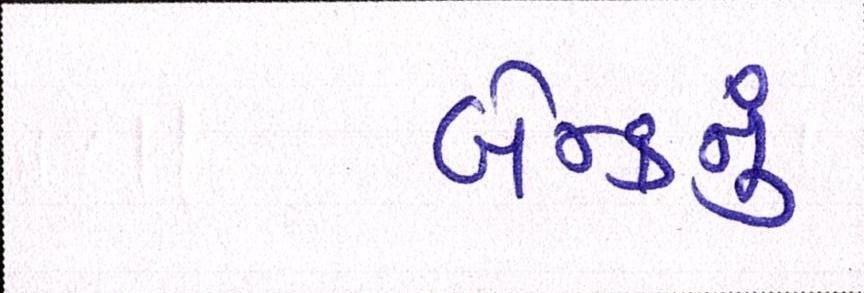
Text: બેન્કનું